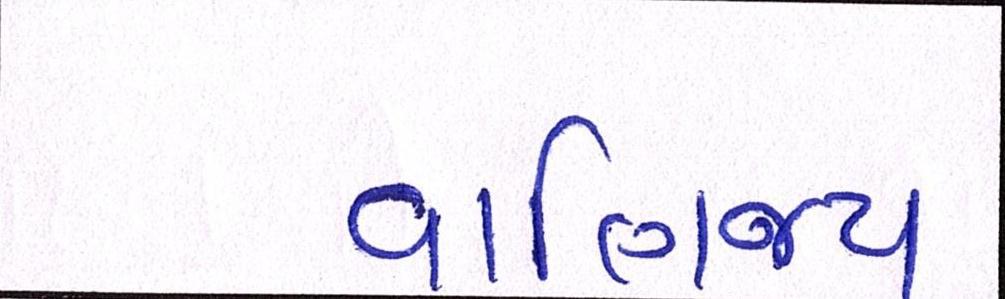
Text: વાણિજ્ય